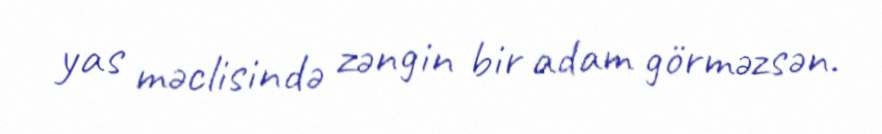
yas məclisində zəngin bir adam görməzsən.